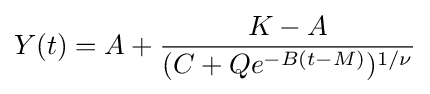
Y(t)=A+{K-A \over (C+Qe^{-B(t-M)})^{1/\nu }}